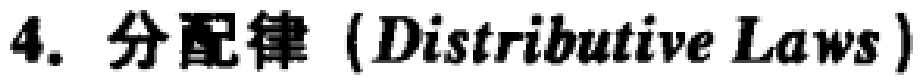
4. 分配律（Distributive Laws）